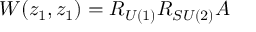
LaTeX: W ( z _ { 1 } , z _ { 1 } ) = R _ { U ( 1 ) } R _ { S U ( 2 ) } A